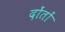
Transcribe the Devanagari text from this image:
दोंतों